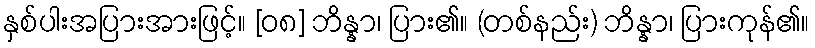
နှစ်ပါးအပြားအားဖြင့်။ [၀၈] ဘိန္နာ၊ ပြား၏။ (တစ်နည်း) ဘိန္နာ၊ ပြားကုန်၏။